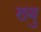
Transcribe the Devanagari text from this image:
ख्यु